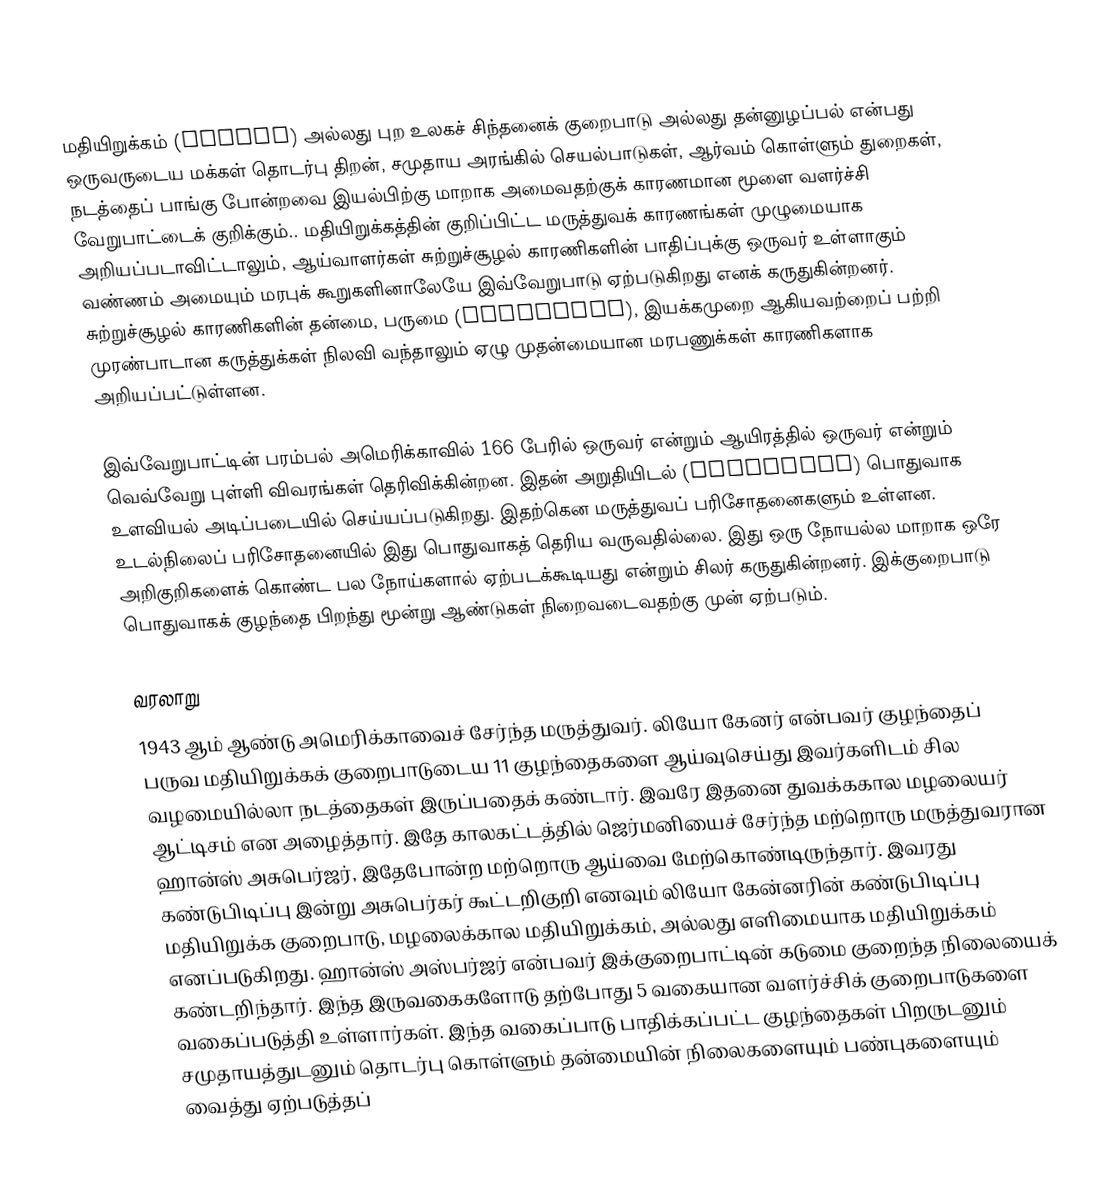
மதியிறுக்கம் (Autism) அல்லது புற உலகச் சிந்தனைக் குறைபாடு அல்லது தன்னுழப்பல் என்பது ஒருவருடைய மக்கள் தொடர்பு திறன், சமுதாய அரங்கில் செயல்பாடுகள், ஆர்வம் கொள்ளும் துறைகள், நடத்தைப் பாங்கு போன்றவை இயல்பிற்கு மாறாக அமைவதற்குக் காரணமான மூளை வளர்ச்சி வேறுபாட்டைக் குறிக்கும்.. மதியிறுக்கத்தின் குறிப்பிட்ட மருத்துவக் காரணங்கள் முழுமையாக அறியப்படாவிட்டாலும், ஆய்வாளர்கள் சுற்றுச்சூழல் காரணிகளின் பாதிப்புக்கு ஒருவர் உள்ளாகும் வண்ணம் அமையும் மரபுக் கூறுகளினாலேயே இவ்வேறுபாடு ஏற்படுகிறது எனக் கருதுகின்றனர். சுற்றுச்சூழல் காரணிகளின் தன்மை, பருமை (magnitude), இயக்கமுறை ஆகியவற்றைப் பற்றி முரண்பாடான கருத்துக்கள் நிலவி வந்தாலும் ஏழு முதன்மையான மரபணுக்கள் காரணிகளாக அறியப்பட்டுள்ளன.

இவ்வேறுபாட்டின் பரம்பல் அமெரிக்காவில் 166 பேரில் ஒருவர் என்றும் ஆயிரத்தில் ஒருவர் என்றும் வெவ்வேறு புள்ளி விவரங்கள் தெரிவிக்கின்றன.  இதன் அறுதியிடல் (diagnosis) பொதுவாக உளவியல் அடிப்படையில் செய்யப்படுகிறது. இதற்கென மருத்துவப் பரிசோதனைகளும் உள்ளன. உடல்நிலைப் பரிசோதனையில் இது பொதுவாகத் தெரிய வருவதில்லை. இது ஒரு நோயல்ல மாறாக ஒரே அறிகுறிகளைக் கொண்ட பல நோய்களால் ஏற்படக்கூடியது என்றும் சிலர் கருதுகின்றனர். இக்குறைபாடு பொதுவாகக் குழந்தை பிறந்து மூன்று ஆண்டுகள் நிறைவடைவதற்கு முன் ஏற்படும்.

வரலாறு
1943 ஆம் ஆண்டு அமெரிக்காவைச் சேர்ந்த மருத்துவர். லியோ கேனர் என்பவர் குழந்தைப் பருவ மதியிறுக்கக் குறைபாடுடைய 11 குழந்தைகளை ஆய்வுசெய்து இவர்களிடம் சில வழமையில்லா நடத்தைகள் இருப்பதைக் கண்டார். இவரே இதனை துவக்ககால மழலையர் ஆட்டிசம் என அழைத்தார். இதே காலகட்டத்தில் ஜெர்மனியைச் சேர்ந்த மற்றொரு மருத்துவரான ஹான்ஸ் அசுபெர்ஜர், இதேபோன்ற மற்றொரு ஆய்வை மேற்கொண்டிருந்தார். இவரது கண்டுபிடிப்பு இன்று அசுபெர்கர் கூட்டறிகுறி எனவும் லியோ கேன்னரின் கண்டுபிடிப்பு மதியிறுக்க குறைபாடு, மழலைக்கால மதியிறுக்கம், அல்லது எளிமையாக மதியிறுக்கம் எனப்படுகிறது. ஹான்ஸ் அஸ்பர்ஜர் என்பவர் இக்குறைபாட்டின் கடுமை குறைந்த நிலையைக் கண்டறிந்தார். இந்த இருவகைகளோடு தற்போது 5 வகையான வளர்ச்சிக் குறைபாடுகளை வகைப்படுத்தி உள்ளார்கள். இந்த வகைப்பாடு பாதிக்கப்பட்ட குழந்தைகள் பிறருடனும் சமுதாயத்துடனும் தொடர்பு கொள்ளும் தன்மையின் நிலைகளையும் பண்புகளையும் வைத்து ஏற்படுத்தப்